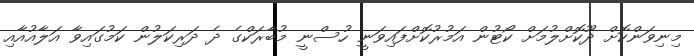
މިނިވަންކޮށް ދޫކޮށްލުމަށް ކޯޓުން އަމުރުކޮށްފައިވަނީ ހުސްނީ މުބާރަކްގެ ދެ ދަރިކަލުން ކަމުގައިވާ އަލާއުއާއި